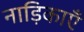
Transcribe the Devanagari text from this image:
नाड़िकाएँ